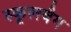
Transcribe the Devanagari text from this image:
स्कूलबैग